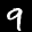
Label: 9